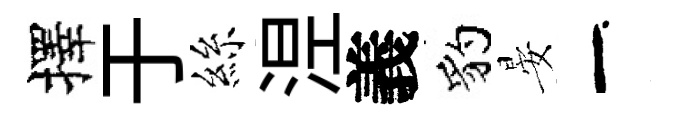
擇于絲𣵀義豹晏一